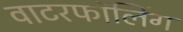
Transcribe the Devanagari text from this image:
वाटरफॉलिंग